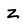
Character: z